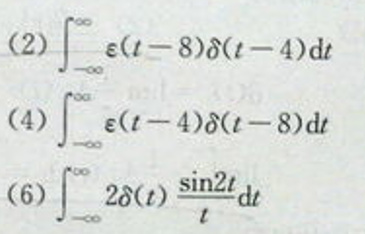
\[
\begin{align*}
(2)&\int_{-\infty}^{\infty}\varepsilon(t - 8)\delta(t - 4)\mathrm{d}t\\
(4)&\int_{-\infty}^{\infty}\varepsilon(t - 4)\delta(t - 8)\mathrm{d}t\\
(6)&\int_{-\infty}^{\infty}2\delta(t)\frac{\sin2t}{t}\mathrm{d}t
\end{align*}
\]